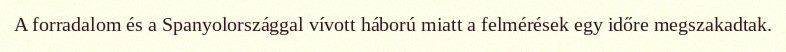
A forradalom és a Spanyolországgal vívott háború miatt a felmérések egy időre megszakadtak.